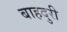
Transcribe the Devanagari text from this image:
बाहदुरी